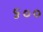
૬૦૦